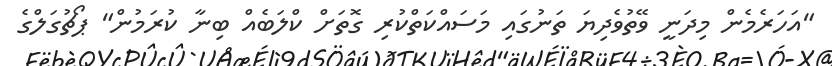
"އަހަރެމެން މިދަނީ ވޭތުވެދިޔަ ތަނުގައި މަސައްކަތްކުރި ގޮތަށް ކްލަބެއް ބިނާ ކުރަމުން" ޕޯޗުގަލްގެ